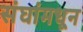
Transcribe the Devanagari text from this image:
संघांमधून